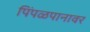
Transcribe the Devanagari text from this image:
पिंपळपानावर